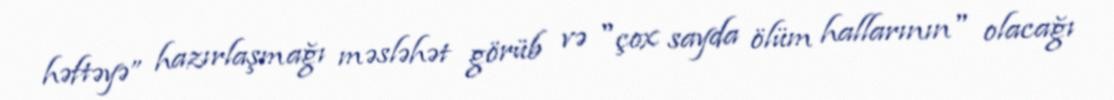
həftəyə” hazırlaşmağı məsləhət görüb və "çox sayda ölüm hallarının" olacağı